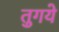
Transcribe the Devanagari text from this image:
तुगये